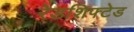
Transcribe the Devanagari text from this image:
रेडशिफ्टेड